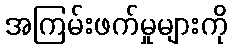
အကြမ်းဖက်မှုများကို